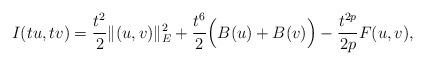
LaTeX: \begin{align*}I(tu,tv)=\frac{t^{2}}{2}\|(u,v)\|_{E}^{2}+\frac{t^{6}}{2}\Big(B(u)+B(v)\Big)-\frac{t^{2p}}{2p}F(u,v),\end{align*}